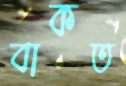
বাকত